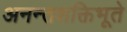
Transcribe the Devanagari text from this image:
अनन्तशक्तिभूते